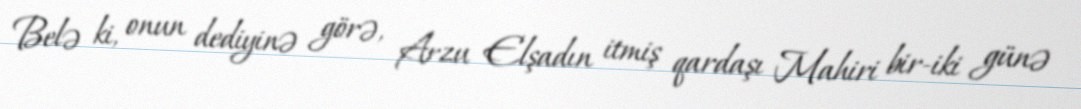
Belə ki, onun dediyinə görə, Arzu Elşadın itmiş qardaşı Mahiri bir-iki günə